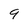
Character: 9